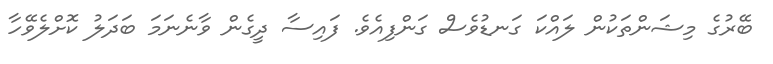
ބޭރުގެ މިޝަންތަކުން ލައްކަ ގަނޑުވެސް ގަންފިއެވެ. ފައިސާ ދީގެން ވާނެނަމަ ބަދަލު ކޮށްލެވޭހާ